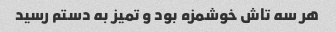
هر سه تاش خوشمزه بود و تمیز به دستم رسید